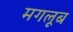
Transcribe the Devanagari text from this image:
मगलूब